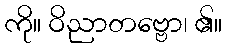
ကို။ ဝိညာတဗ္ဗော၊ ၏။